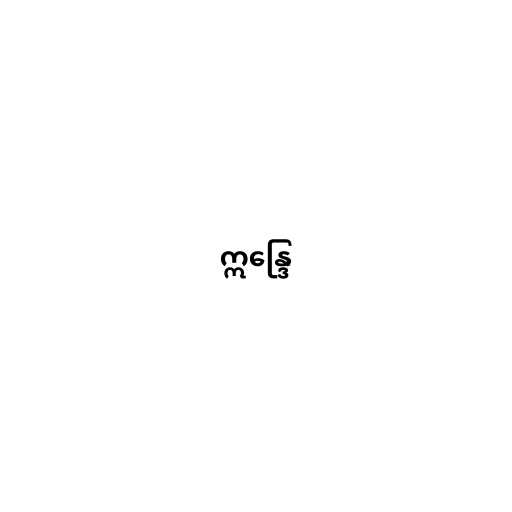
ဣန္ဒြေ